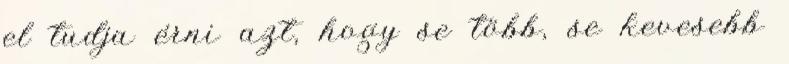
el tudja érni azt, hogy se több, se kevesebb